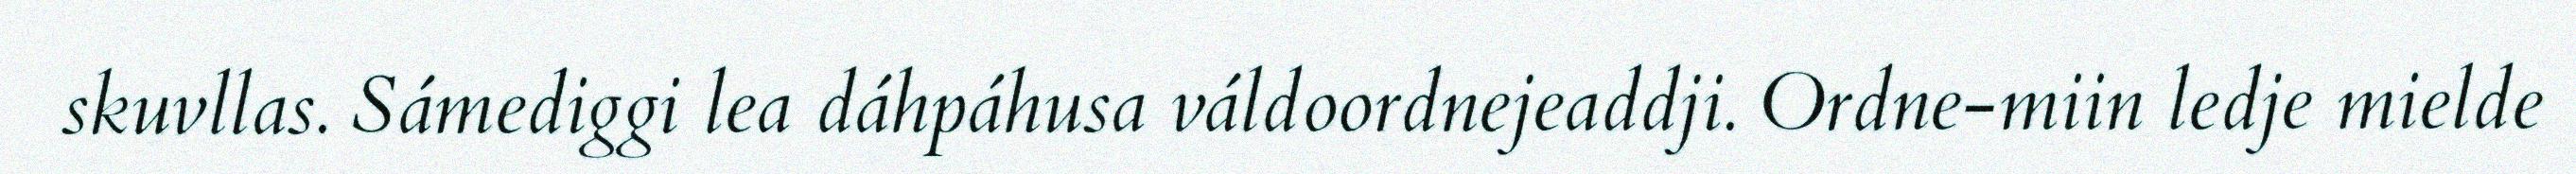
skuvllas. Sámediggi lea dáhpáhusa váldoordnejeaddji. Ordne-miin ledje mielde